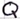
Text: Q